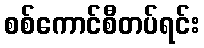
စစ်ကောင်စီတပ်ရင်း